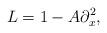
LaTeX: \begin{align*} L = 1 - A \partial ^ 2 _ x ,\end{align*}